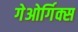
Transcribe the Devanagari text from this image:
गेओर्गिक्स